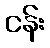
ငန်း